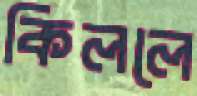
কিললে